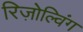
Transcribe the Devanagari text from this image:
रिज़ोल्विंग